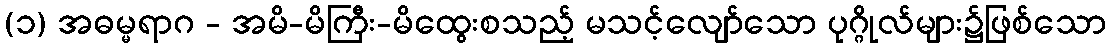
(၁) အဓမ္မရာဂ - အမိ-မိကြီး-မိထွေးစသည့် မသင့်လျော်သော ပုဂ္ဂိုလ်များ၌ဖြစ်သော